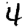
Digit: 4